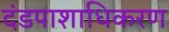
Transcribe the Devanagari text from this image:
दंडपाशाधिकरण